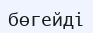
бөгейді